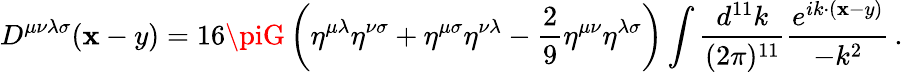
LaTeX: D^{\mu\nu\lambda\sigma}(\mathbf{x}-y)=16\piG\left(\eta^{\mu\lambda}\eta^{\nu\sigma}+\eta^{\mu\sigma}\eta^{\nu\lambda}-{\frac{{2}}{{9}}}\eta^{\mu\nu}\eta^{\lambda\sigma}\right)\int{\frac{{d^{11}k}}{{(2\pi)^{11}}}}{\frac{{e^{ik\cdot(\mathbf{x}-y)}}}{{-k^{2}}}}\, .